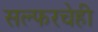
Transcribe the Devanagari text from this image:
सल्फरचेही